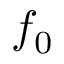
f _ { 0 }